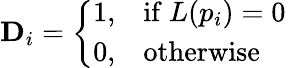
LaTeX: \mathbf{D}_{i}={\left\{ \begin{array}{ll}{1,}&{{\mathrm{if~}}L(p_{i})=0\ }\\ {0,}&{{\mathrm{otherwise}}}\end{array}\right.}